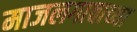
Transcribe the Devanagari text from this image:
माजलगावाच्या